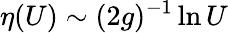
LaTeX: \eta(U)\sim(2g)^{-1}\ln U